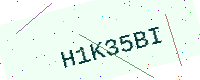
Text: H1K35BI